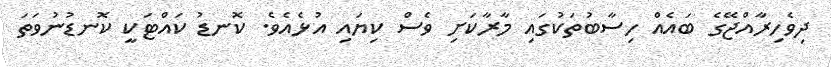
ދިވެހިރާއްޖޭގެ ބައެއް ހިސާބުތަކުގައި މާރާކަށި ވެސް ކިޔައި އުޅެއެވެ. ކޮނޑު ކައްޓަކީ ކޮނޑުނުވަތަ